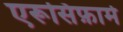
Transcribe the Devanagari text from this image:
एरूसिफ़ार्म